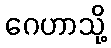
ဂေဟာသို့